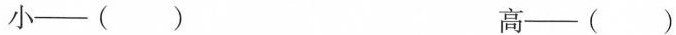
小——( ) 高——( )